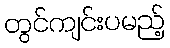
တွင်ကျင်းပမည့်